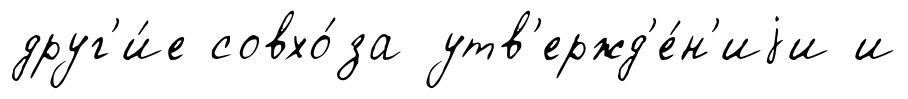
друг'и́е совхо́за утв'ержд'е́н'иjи и